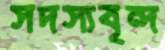
সদস্যবৃন্দ